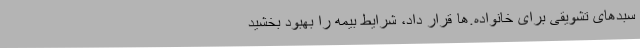
سبدهای تشویقی برای خانواده.ها قرار داد، شرایط بیمه را بهبود بخشید